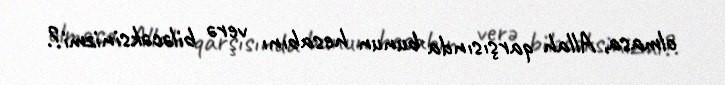
olmasa, Allah qarşısında bunun hesabını verə biləcəksinizmi?.